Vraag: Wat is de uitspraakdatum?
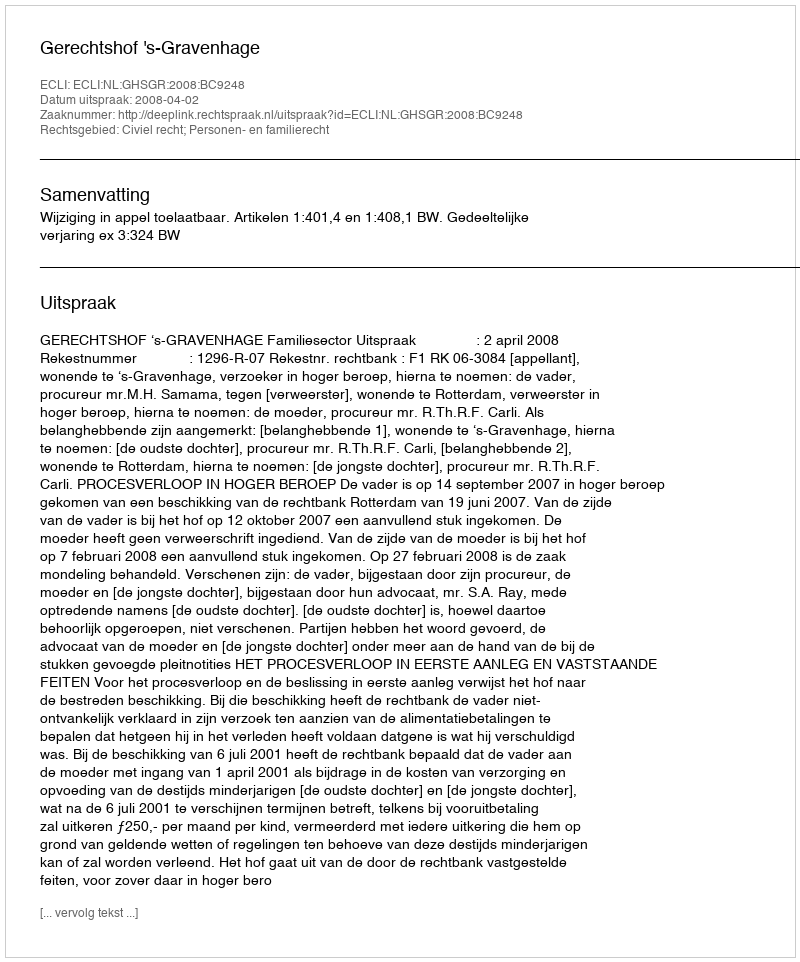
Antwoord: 2008-04-02